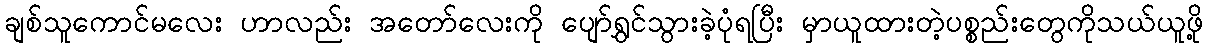
ချစ်သူကောင်မလေး ဟာလည်း အတော်လေးကို ပျော်ရွှင်သွားခဲ့ပုံရပြီး မှာယူထားတဲ့ပစ္စည်းတွေကိုသယ်ယူဖို့